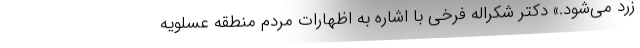
زرد می‌شود.» دکتر شکراله فرخی با اشاره به اظهارات مردم منطقه عسلویه